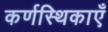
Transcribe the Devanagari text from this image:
कर्णस्थिकाएँ